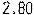
2.80